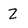
Character: 2